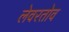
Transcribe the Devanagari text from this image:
लेवरतोव